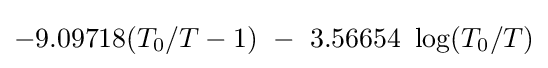
-9.09718(T_{0}/T-1)\ -\ 3.56654\ \log(T_{0}/T)